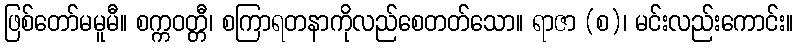
ဖြစ်တော်မမူမီ။ စက္ကဝတ္တီ၊ စကြာရတနာကိုလည်စေတတ်သော။ ရာဇာ (စ)၊ မင်းလည်းကောင်း။